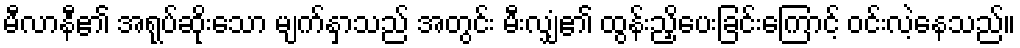
မီလာနီ၏ အရုပ်ဆိုးသော မျက်နှာသည် အတွင်း မီးလျှံ၏ ထွန်းညှိပေးခြင်းကြောင့် ဝင်းလဲ့နေသည်။